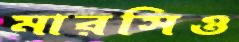
মারসিও